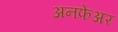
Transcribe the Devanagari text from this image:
अनफेअर